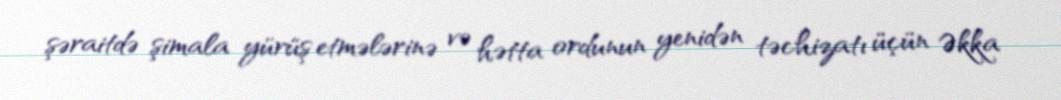
şəraitdə şimala yürüş etmələrinə və hətta ordunun yenidən təchizatı üçün Əkka